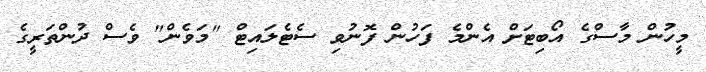
މީހުން މާސްގެ އޯބިޓަށް އެންމެ ފަހުން ފޮނުވި ސެޓެލައިޓް "މަވެން" ވެސް ދުންތަރީގެ